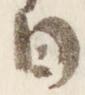
日